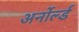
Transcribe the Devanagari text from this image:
अर्नोर्ल्ड